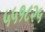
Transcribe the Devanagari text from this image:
५५१८२५